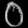
Digit: ၀